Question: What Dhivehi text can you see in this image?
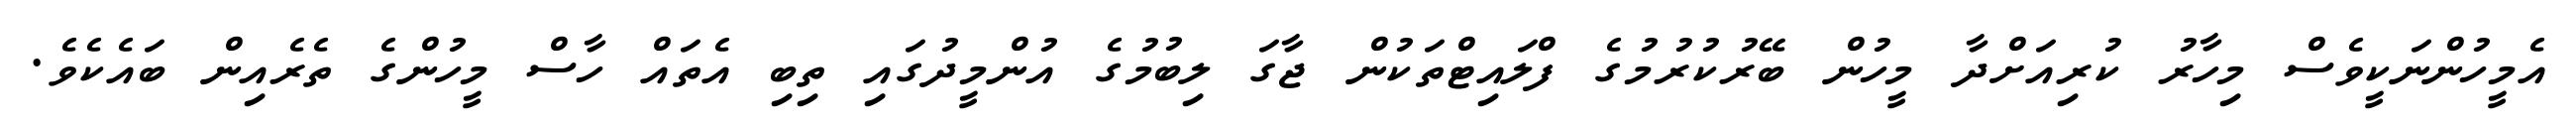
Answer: އެމީހުންނަކީވެސް މިހާރު ކުރިއަށްދާ މީހުން ބޭރުކުރުމުގެ ފްލައިޓްތަކުން ޖާގަ ލިބުމުގެ އުންމީދުގައި ތިބި އެތައް ހާސް މީހުންގެ ތެރެއިން ބައެކެވެ.